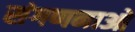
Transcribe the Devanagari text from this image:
संगणनाओ